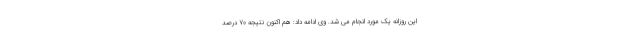
این روزانه یک مورد انجام می شد. وی ادامه داد: هم اکنون نتیجه ۷۰ درصد